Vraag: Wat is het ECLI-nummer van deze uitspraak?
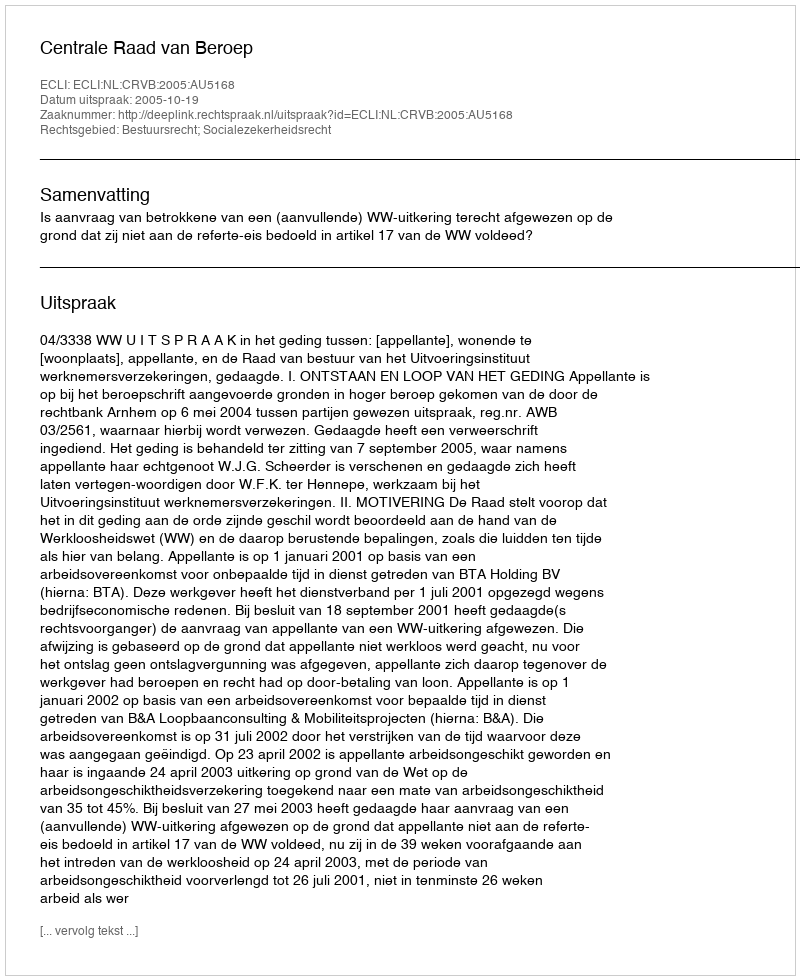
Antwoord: ECLI:NL:CRVB:2005:AU5168